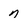
Character: n